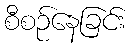
စီစဉ်နေခြင်း